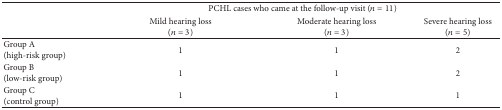
| <ROWSPAN=2>  | <COLSPAN=3> PCHL cases who came at the follow-up visit (n = 11) |
 | Mild hearing loss(n = 3) | Moderate hearing loss(n = 3) | Severe hearing loss(n = 5) |
 | --- | --- | --- | --- |
 | Group A (high-risk group) | 1 | 1 | 2 |
 | Group B (low-risk group) | 1 | 1 | 2 |
 | Group C (control group) | 1 | 1 | 1 |